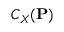
C _ { X } ( \mathbf { P } )